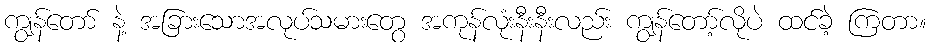
ကျွန်တော် နဲ့ အခြားသောအလုပ်သမားတွေ အကုန်လုံးနီးနီးလည်း ကျွန်တော့်လိုပဲ ထင်ခဲ့ ကြတာ။